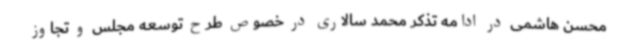
محسن هاشمی در ادامه تذکر محمد سالاری در خصوص طرح توسعه مجلس و تجاوز